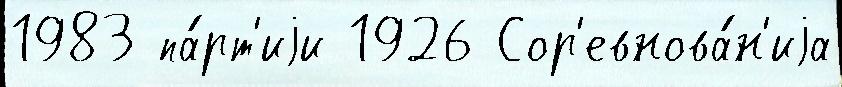
1983 па́рт'иjи 1926 Сор'евнова́н'иjа